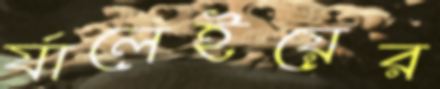
র‍্যালেইয়ের